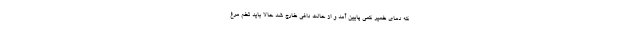
که دمای خمیر کمی پایین آمد و از حالت داغی خارج شد حالا باید تخم مرغ